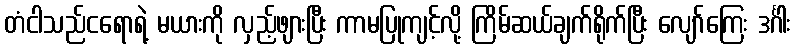
တံငါသည်ငရောရဲ့ မယားကို လှည့်ဖျားပြီး ကာမပြုကျင့်လို့ ကြိမ်ဆယ်ချက်ရိုက်ပြီး လျော်ကြေး ဒင်္ဂါး